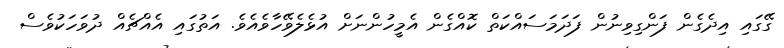
ގޭގައި އިދެގެން ފަންގިވިނުން ފަދަމަސައްކަތް ކޮއްގެން އެމީހުންނަށް އުޅެލެވޭހާވެއެވެ. އަތުގައި އެއްޗެއް ދުވަހަކުވެސް